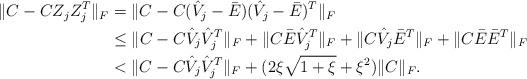
LaTeX: \begin{align*}\begin{aligned}\|C - CZ_{j} Z_{j}^{T}\|_F& = \|C - C(\hat{V}_j - \bar{E})(\hat{V}_j - \bar{E})^{T}\|_F \\& \leq \|C - C\hat{V}_{j} \hat{V}^{T}_{j}\|_F + \|C\bar{E} \hat{V}^{T}_{j}\|_F + \|C \hat{V}_{j} \bar{E}^{T}\|_F + \|C\bar{E}\bar{E}^{T}\|_F \\& < \|C - C\hat{V}_j \hat{V}_j^{T}\|_F + (2\xi \sqrt{1+\xi} + \xi^2) \|C\|_F.\end{aligned}\end{align*}